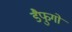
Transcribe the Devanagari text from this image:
डैफुगो